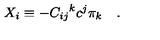
X _ { i } \equiv - { C _ { i j } } ^ { k } c ^ { j } \pi _ { k } \quad .